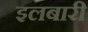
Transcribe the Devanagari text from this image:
इलबारी